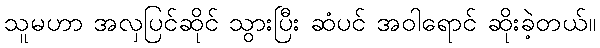
သူမဟာ အလှပြင်ဆိုင် သွားပြီး ဆံပင် အဝါရောင် ဆိုးခဲ့တယ်။